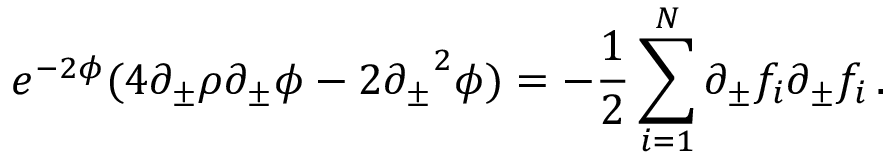
e ^ { - 2 \phi } ( 4 \partial _ { \pm } \rho \partial _ { \pm } \phi - 2 { \partial _ { \pm } } ^ { 2 } \phi ) = - { \frac { 1 } { 2 } } \sum _ { i = 1 } ^ { N } \partial _ { \pm } f _ { i } \partial _ { \pm } f _ { i } \, .